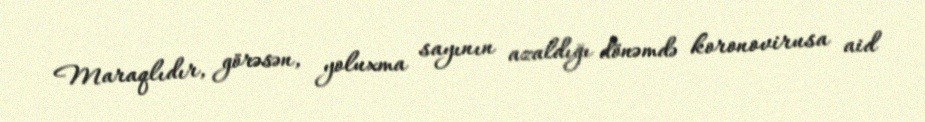
Maraqlıdır, görəsən, yoluxma sayının azaldığı dönəmdə koronovirusa aid